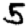
Digit: 5